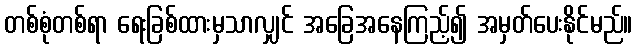
တစ်စုံတစ်ရာ ရေးခြစ်ထားမှသာလျှင် အခြေအနေကြည့်၍ အမှတ်ပေးနိုင်မည်။